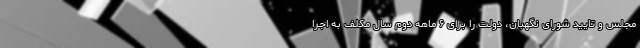
مجلس و تایید شورای نگهبان، دولت را برای ۶ ماهه دوم سال مکلف به اجرا